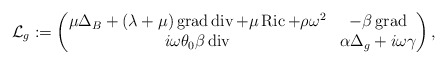
\begin{align*} \mathcal{L}_g := \begin{pmatrix} \mu \Delta_{B} + (\lambda + \mu)\operatorname{grad}\operatorname{div} + \mu \operatorname{Ric} + \rho\omega^2 & -\beta\operatorname{grad} \\ i\omega\theta_{0}\beta\operatorname{div} & \alpha\Delta_{g} + i\omega \gamma \end{pmatrix},\end{align*}